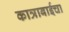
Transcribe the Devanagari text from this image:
कात्राबाईचा